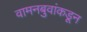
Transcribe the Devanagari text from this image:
वामनबुवांकडून